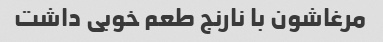
مرغاشون با نارنج طعم خوبی داشت